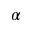
\alpha